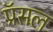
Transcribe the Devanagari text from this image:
प्रॅसल